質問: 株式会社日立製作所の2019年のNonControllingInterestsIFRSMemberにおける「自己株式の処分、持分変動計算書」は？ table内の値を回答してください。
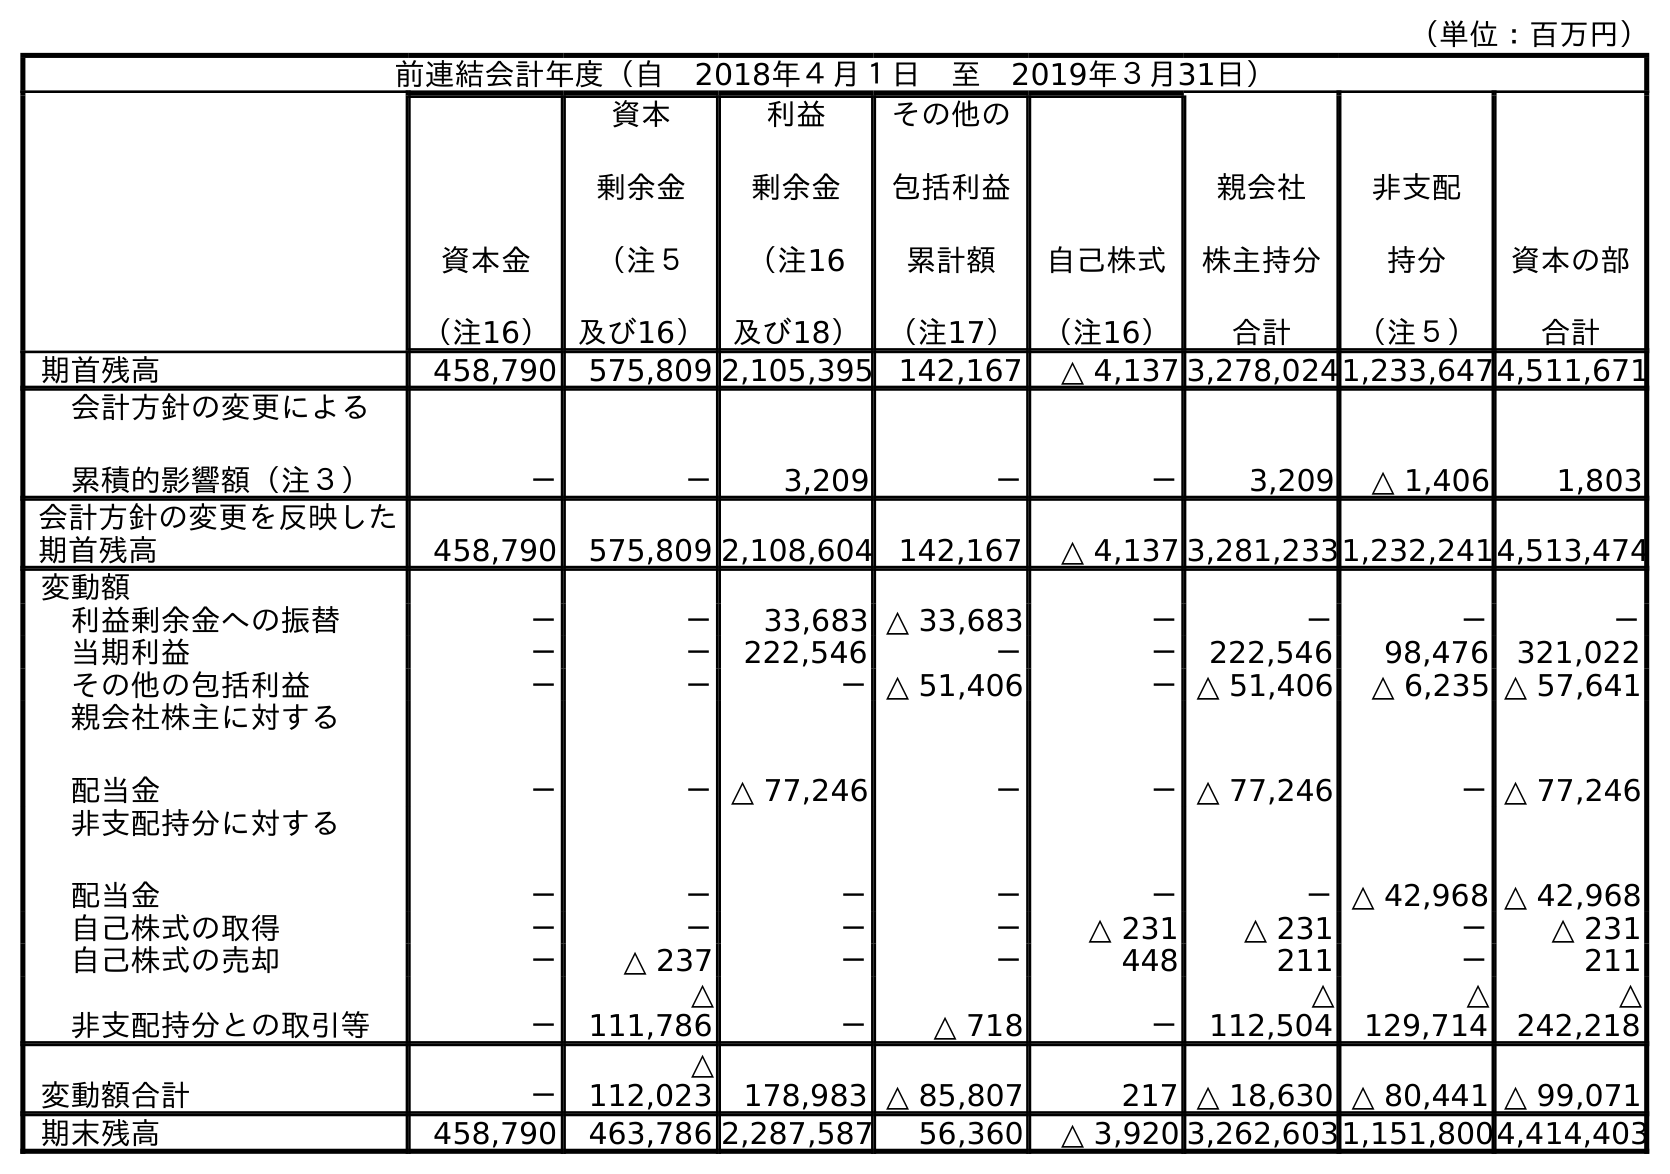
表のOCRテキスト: （単位：百万円） 前連結会計年度（自 2018年４月１日 至 2019年３月31日） 資本金 （注16） 資本 剰余金 （注５ 及び16） 利益 剰余金 （注16 及び18） その他の 包括利益 累計額 （注17） 自己株式 （注16） 親会社 株主持分 合計 非支配 持分 （注５） 資本の部 合計 期首残高 458,790 575,809 2,105,395 142,167 △ 4,137 3,278,0241,233,6474,511,671 会計方針の変更による 累積的影響額（注３） － － 3,209 － － 3,209 △ 1,406 1,803 会計方針の変更を反映した 期首残高 458,790 575,809 2,108,604 142,167 △ 4,137 3,281,2331,232,2414,513,474 変動額 利益剰余金への振替 － － 33,683 △ 33,683 － － － － 当期利益 － － 222,546 － － 222,546 98,476 321,022 その他の包括利益 － － －△ 51,406 －△ 51,406 △ 6,235 △ 57,641 親会社株主に対する 配当金 － －△ 77,246 － －△ 77,246 －△ 77,246 非支配持分に対する 配当金 － － － － － －△ 42,968 △ 42,968 自己株式の取得 － － － － △ 231 △ 231 － △ 231 自己株式の売却 － △ 237 － － 448 211 － 211 非支配持分との取引等 － △ 111,786 － △ 718 － △ 112,504 △ 129,714 △ 242,218 変動額合計 － △ 112,023 178,983 △ 85,807 217 △ 18,630 △ 80,441 △ 99,071 期末残高 458,790 463,786 2,287,587 56,360 △ 3,920 3,262,6031,151,8004,414,403
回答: －